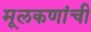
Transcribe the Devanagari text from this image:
मूलकणांची